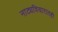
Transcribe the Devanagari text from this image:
नाट्यविचारातही